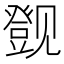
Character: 𬢔